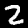
Digit: 2